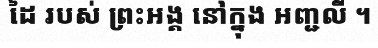
ដៃ របស់ ព្រះអង្គ នៅក្នុង អញ្ជលី ។